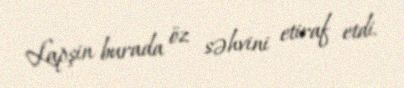
Lapşin burada öz səhvini etiraf etdi.